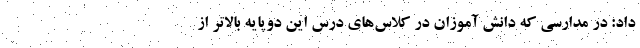
داد: در مدارسی که دانش آموزان در کلاس‌های درس این دوپایه بالاتر از